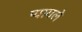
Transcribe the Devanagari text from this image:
प्यायले